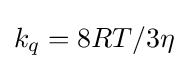
k_{q}={8RT}/{3\eta }